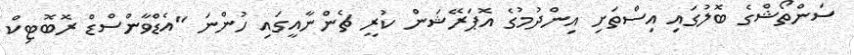
ސަންތޯޝްގެ ބޮލުގައި އިސްތަށި އިންދުމުގެ އޮޕަރޭޝަން ކުރީ ޗެންނާއީގައި ހުންނަ "އެޑްވާންސްޑް ރޮބޮޓިކް